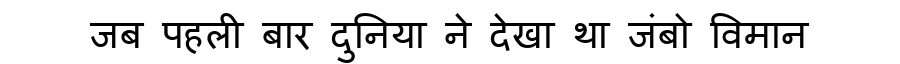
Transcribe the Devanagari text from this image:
जब पहली बार दुनिया ने देखा था जंबो विमान